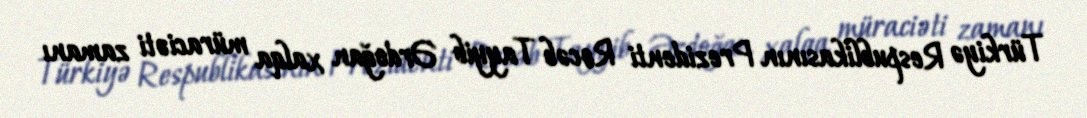
Türkiyə Respublikasının Prezidenti Rəcəb Tayyib Ərdoğan xalqa müraciəti zamanı